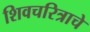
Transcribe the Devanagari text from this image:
शिवचरित्राचे